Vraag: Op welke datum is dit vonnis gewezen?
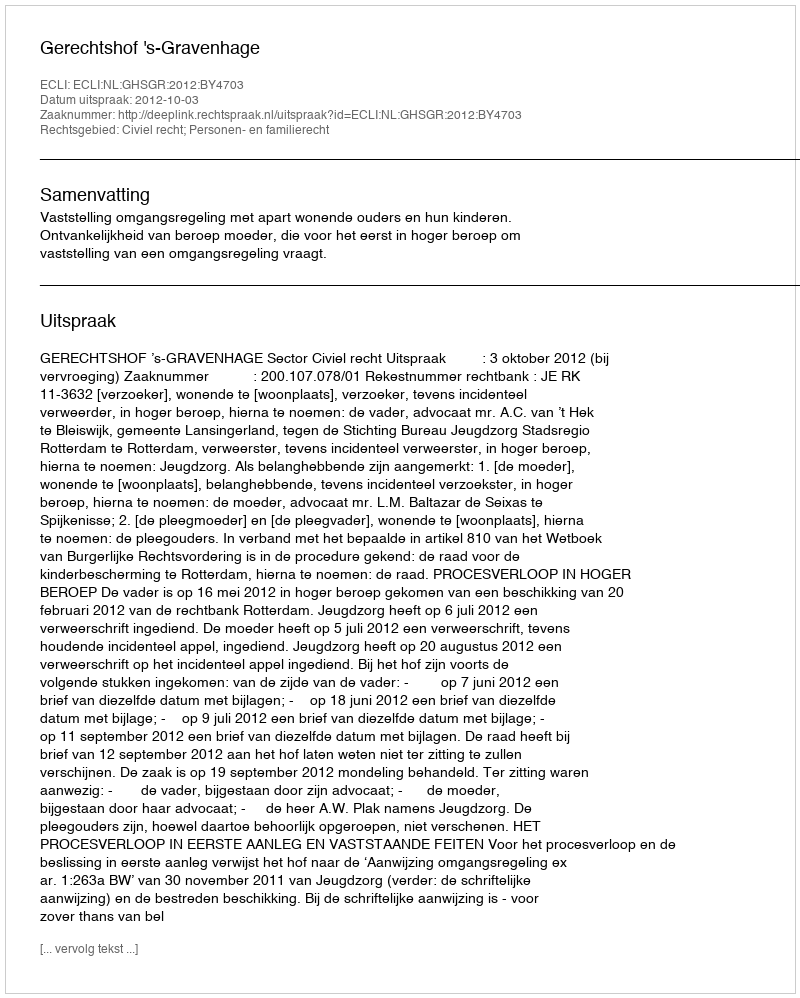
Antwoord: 2012-10-03